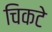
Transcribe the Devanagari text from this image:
चिकटे